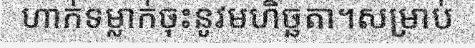
ហាក់ទម្លាក់ចុះនូវមហិច្ឆតា។សម្រាប់